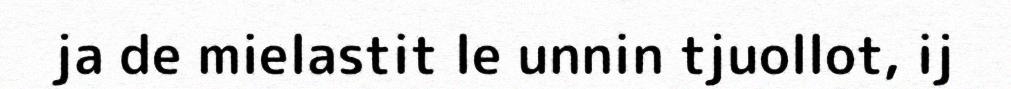
ja de mielastit le unnin tjuollot, ij